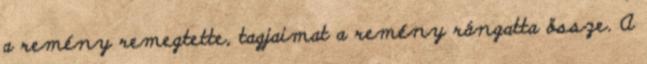
a remény remegtette, tagjaimat a remény rángatta össze. A